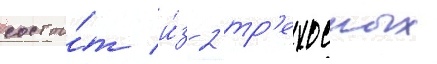
состои́т и́з 2 тр'ехосных